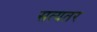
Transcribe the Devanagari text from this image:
सत्यतर